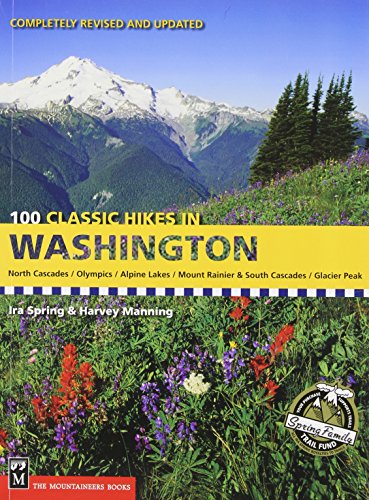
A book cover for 100 Classic Hikes in Washington; Ira Spring; Travel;